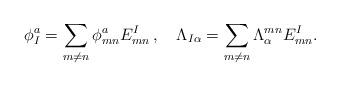
LaTeX: \begin{align*}\phi_{I}^{a}=\sum_{m\ne n} \phi_{mn}^{a}E_{mn}^{I} \, , \quad \Lambda_{I\alpha}=\sum_{m\ne n} \Lambda^{mn}_{\alpha}E_{mn}^{I} .\end{align*}